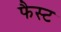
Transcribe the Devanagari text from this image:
फैस्ट